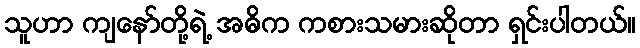
သူဟာ ကျနော်တို့ရဲ့ အဓိက ကစားသမားဆိုတာ ရှင်းပါတယ်။